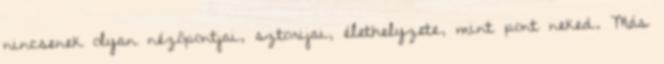
nincsenek olyan nézőpontjai, sztorijai, élethelyzete, mint pont neked. Más